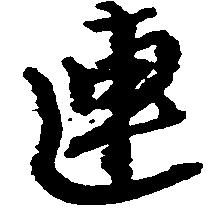
連